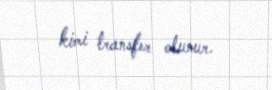
kimi transfer olunur.